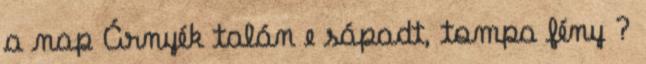
a nap Árnyék talán e sápadt, tompa fény ?